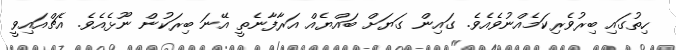
ހިތުގައި ބިރުވެރިކަމެއްނުވެއެވެ. ގައިން ގަޔަށް ބައްޔެއް އަރާފާނެތީ އޭނަ ބިރަކުން ނޫޅެއެވެ. އެޗްއައިވީ